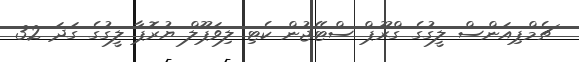
ޗެމްޕިއަންސް ލީގުގެ ގްރޫޕް ސްޓޭޖުން ކެޓި ލިވަޕޫލް ޔުރޮޕާ ލީގުގެ ގަދަ 32